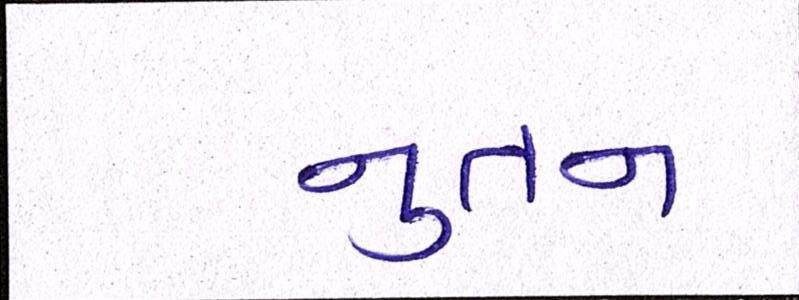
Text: નુતન